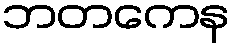
ဘတကေန